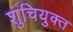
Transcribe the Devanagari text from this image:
शुचियुक्त